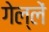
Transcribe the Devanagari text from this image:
गेल्लें